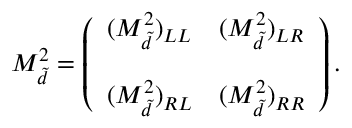
M _ { \tilde { d } } ^ { 2 } = \left( \begin{array} { l l } { { ( M _ { \tilde { d } } ^ { 2 } ) _ { L L } } } & { { ( M _ { \tilde { d } } ^ { 2 } ) _ { L R } } } \\ { { } } & { { } } \\ { { ( M _ { \tilde { d } } ^ { 2 } ) _ { R L } } } & { { ( M _ { \tilde { d } } ^ { 2 } ) _ { R R } } } \end{array} \right) . \nonumber